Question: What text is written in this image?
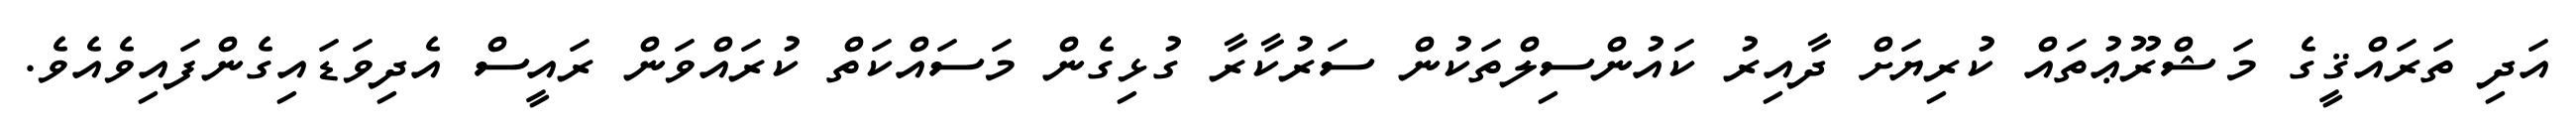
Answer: އަދި ތަރައްޤީގެ މަޝްރޫޢުތައް ކުރިޔަށް ދާއިރު ކައުންސިލްތަކުން ސަރުކާރާ ގުޅިގެން މަސައްކަތް ކުރައްވަން ރައީސް އެދިވަޑައިގެންފައިވެއެވެ.